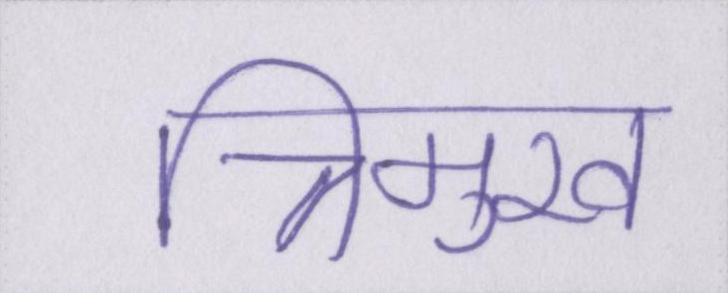
त्रिमुख